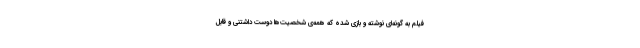
فیلم به گونه‌ای نوشته و بازی شده که همه‌ی شخصیت‌ها دوست داشتنی و قابل